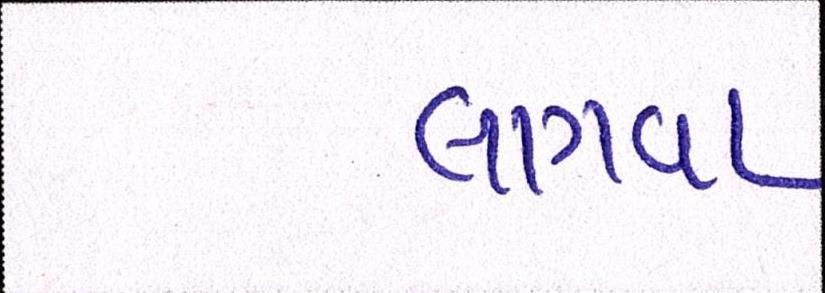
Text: લાગવા